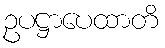
ဥပဋ္ဌာပေထာတိ